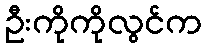
ဦးကိုကိုလွင်က